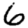
Digit: 6